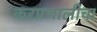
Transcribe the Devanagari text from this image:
करप्रणालीचा